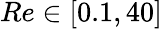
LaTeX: Re\in[0.1,40]